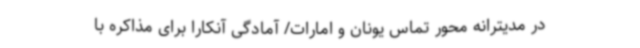
در مدیترانه محور تماس یونان و امارات/ آمادگی آنکارا برای مذاکره با